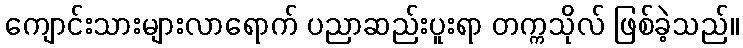
ကျောင်းသားများလာရောက် ပညာဆည်းပူးရာ တက္ကသိုလ် ဖြစ်ခဲ့သည်။